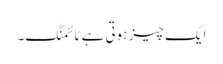
ایک چیز ہوتی ہے ٹائمنگ۔